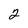
Character: 2